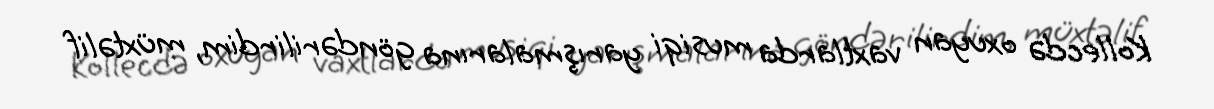
Kollecdə oxuyan vaxtlarda musiqi yarışmalarına göndərilirdim, müxtəlif